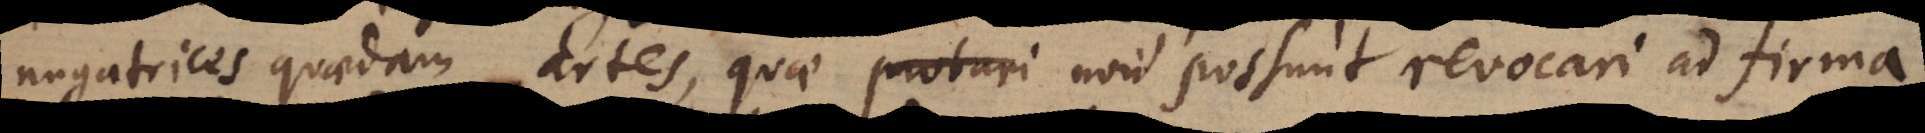
nugatrices quaedam artes, quae probari non possunt revocari ad firma